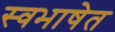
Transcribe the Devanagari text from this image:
स्वभाषेत